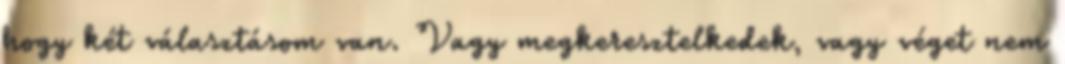
hogy két választásom van. Vagy megkeresztelkedek, vagy véget nem